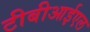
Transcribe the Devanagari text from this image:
टीबीआईएल